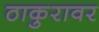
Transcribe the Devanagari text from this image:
ठाकुरावर